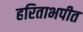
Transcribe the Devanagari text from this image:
हरिताभपीत